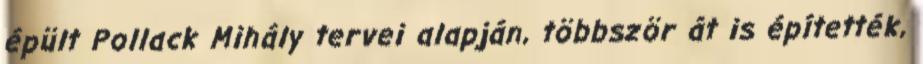
épült Pollack Mihály tervei alapján, többször át is építették,